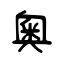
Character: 奧